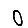
Digit: 0